Source: Handwritten
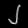
Digit: ၂ (2)